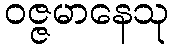
ဝဇ္ဇမာနေသု